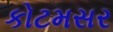
કોટમસર